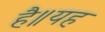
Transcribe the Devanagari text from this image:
है॥यह